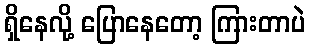
ရှိနေလို့ ပြောနေတော့ ကြားတာပဲ